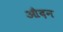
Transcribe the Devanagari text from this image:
औदन